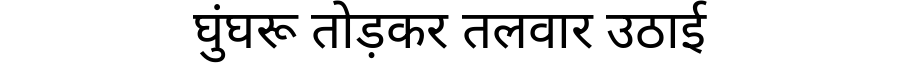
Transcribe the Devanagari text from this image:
घुंघरू तोड़कर तलवार उठाई